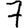
Digit: 7